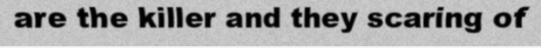
are the killer and they scaring of